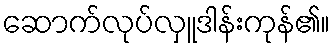
ဆောက်လုပ်လှူဒါန်းကုန်၏။